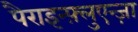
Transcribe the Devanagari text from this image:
पैराइन्फ़्लुएन्ज़ा